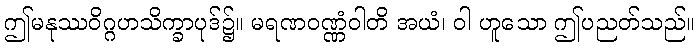
ဤမနုဿဝိဂ္ဂဟသိက္ခာပုဒ်၌။ မရဏဝဏ္ဏံဝါတိ အယံ၊ ဝါ ဟူသော ဤပညတ်သည်။